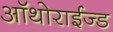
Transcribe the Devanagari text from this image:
ऑथोराईज्ड